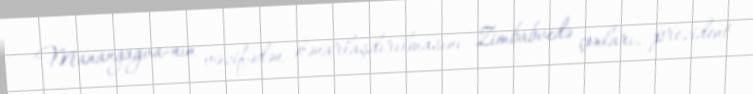
Manangagva-nın vəzifədən kənarlaşdırılmasını Zimbabvedə çoxları, prezident